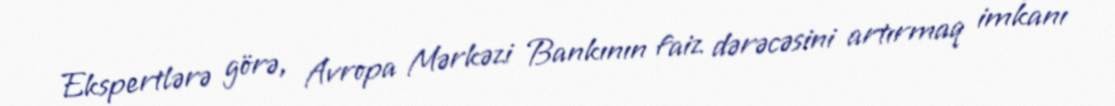
Ekspertlərə görə, Avropa Mərkəzi Bankının faiz dərəcəsini artırmaq imkanı